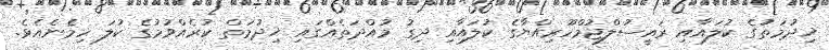
ޚިދުމަތުގެ ކުލައާއި ރައީސުލްޖުމްހޫރިއްޔާގެ ކުލައާއި ދިގު މުއްދަތެއްގައި ޚިދުމަތް ކުރެއްވުމުގެ ކުލަ ހިމެނެއެވެ.